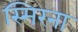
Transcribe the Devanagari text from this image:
स्मिरना